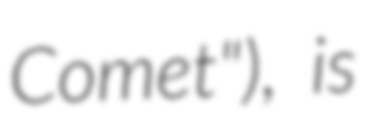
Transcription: Comet"), is